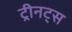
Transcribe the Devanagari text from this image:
ट्रीनट्स